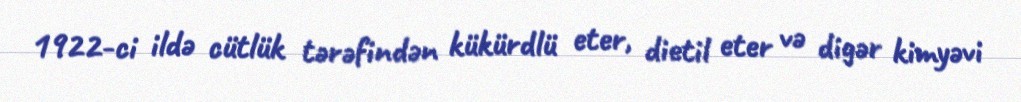
1922-ci ildə cütlük tərəfindən kükürdlü eter, dietil eter və digər kimyəvi